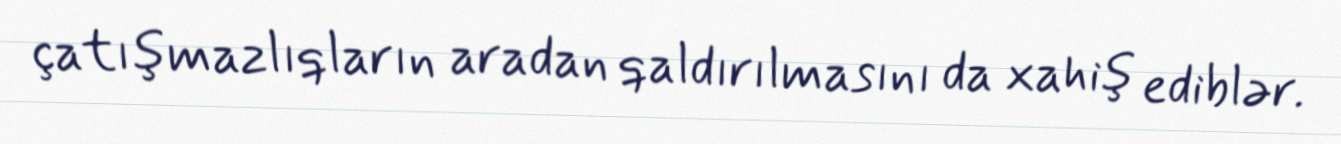
çatışmazlıqların aradan qaldırılmasını da xahiş ediblər.